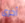
أخرى